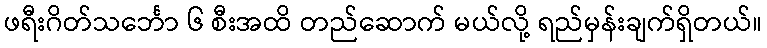
ဖရီးဂိတ်သင်္ဘော ၆ စီးအထိ တည်ဆောက် မယ်လို့ ရည်မှန်းချက်ရှိတယ်။